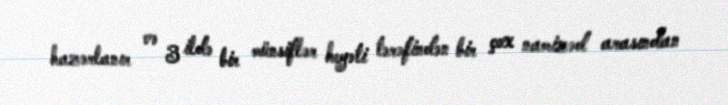
hazərlanır və 3 ildə bir münsiflər heyəti tərəfindən bir çox namizəd arasından